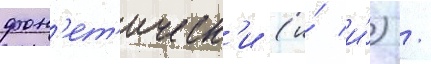
фон'ет'ическ'и (и́ и́) /